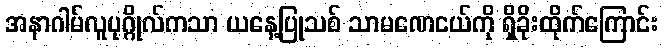
အနာဂါမ်လူပုဂ္ဂိုလ်ကသာ ယနေ့ပြုသစ် သာမဏေငယ်ကို ရှိခိုးထိုက်ကြောင်း